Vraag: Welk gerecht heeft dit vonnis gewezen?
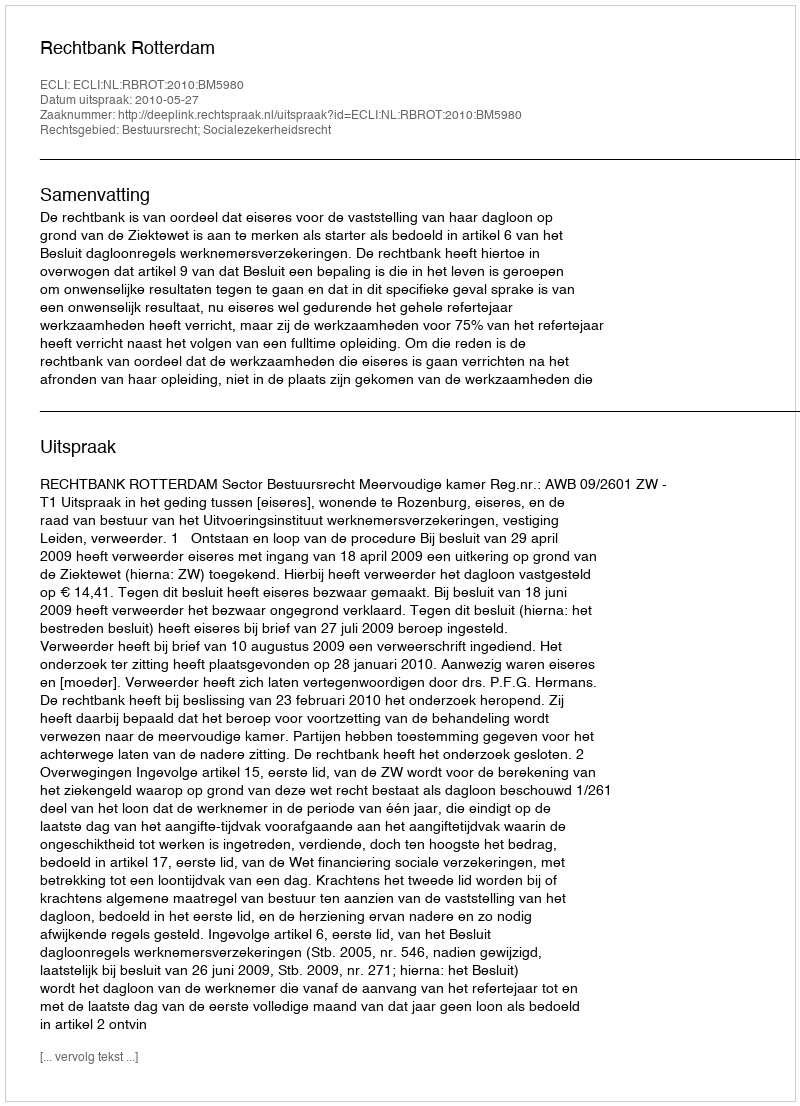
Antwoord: Rechtbank Rotterdam